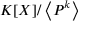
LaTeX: K [ X ] / \left\langle P ^ { k } \right\rangle